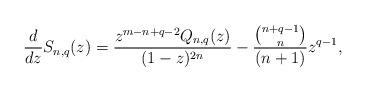
LaTeX: \begin{align*} \frac{d}{dz }S_{n,q}(z)= \frac{z^{m-n+q-2} Q_{n,q}(z)}{(1-z)^{2n}}-\frac{\binom{n+q-1}{ n}}{ (n+1)}z^{q-1},\end{align*}